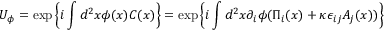
U _ { \phi } = \exp \left\{ i \int d ^ { 2 } x \phi ( x ) C ( x ) \right\} = \exp \left\{ i \int d ^ { 2 } x \partial _ { i } \phi ( \Pi _ { i } ( x ) + \kappa \epsilon _ { i j } A _ { j } ( x ) ) \right\}